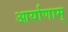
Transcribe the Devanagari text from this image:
आर्याणाम्